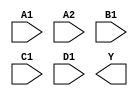
module sky130_fd_sc_hs__a2111oi (
    //# {{data|Data Signals}}
    input  A1,
    input  A2,
    input  B1,
    input  C1,
    input  D1,
    output Y
);

    // Voltage supply signals
    supply1 VPWR;
    supply0 VGND;

endmodule